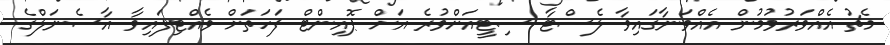
މެޗު އެއްވަރުވުމުން އެއްވަނާގައިވާ ލެސްޓާ ސިޓީއަށްވުރެ އަށް ޕޮއިންޓް ފަހަތަށް ވެއްޓިފައިވާ އާސެނަލްގެ